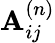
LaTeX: \mathbf{A}_{ij}^{\left(n\right)}